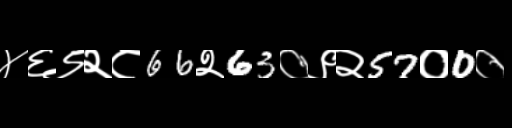
Text: ४६९२८66२63०९२57०0०